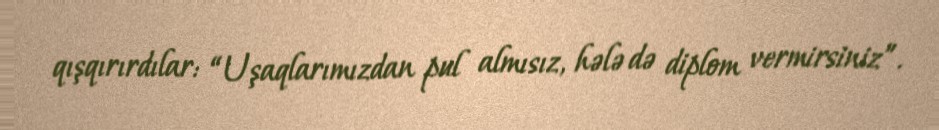
qışqırırdılar: “Uşaqlarımızdan pul almısız, hələ də diplom vermirsiniz”.